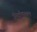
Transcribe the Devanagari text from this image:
निर्वाणस्थल